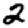
Digit: 2